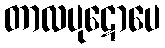
တာလပုဋောပေ